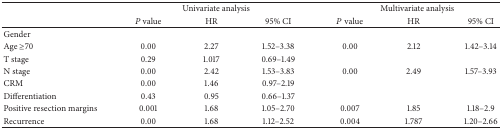
|  | <COLSPAN=3> Univariate analysis | <COLSPAN=3> Multivariate analysis |
 |  | P value | HR | 95% CI | P value | HR | 95% CI |
 | --- | --- | --- | --- | --- | --- | --- |
 | Gender |  |  |  |  |  |  |
 | Age ≥70 | 0.00 | 2.27 | 1.52–3.38 | 0.00 | 2.12 | 1.42–3.14 |
 | T stage | 0.29 | 1.017 | 0.69–1.49 |  |  |  |
 | N stage | 0.00 | 2.42 | 1.53–3.83 | 0.00 | 2.49 | 1.57–3.93 |
 | CRM | 0.00 | 1.46 | 0.97–2.19 |  |  |  |
 | Differentiation | 0.43 | 0.95 | 0.66–1.37 |  |  |  |
 | Positive resection margins | 0.001 | 1.68 | 1.05–2.70 | 0.007 | 1.85 | 1.18–2.9 |
 | Recurrence | 0.00 | 1.68 | 1.12–2.52 | 0.004 | 1.787 | 1.20–2.66 |